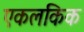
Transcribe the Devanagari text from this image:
एकलकिक